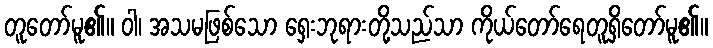
တူတော်မူ၏။ ဝါ၊ အသမဖြစ်သော ရှေးဘုရားတို့သည်သာ ကိုယ်တော်ရေတူရှိတော်မူ၏။